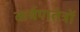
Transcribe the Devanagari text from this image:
कर्षणतंत्रों